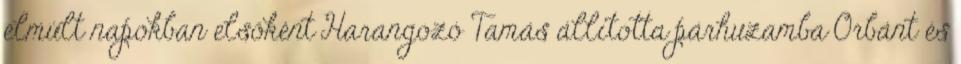
elmúlt napokban elsőként Harangozó Tamás állította párhuzamba Orbánt és